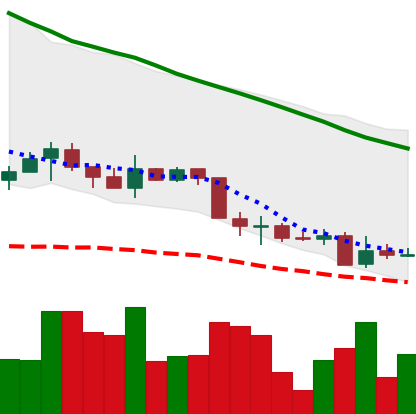
Ticker: XMR-USD
Chart end date: 2018-05-31
Forward return: 7.506%
Label: up_7plus